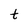
Character: t